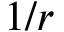
1 / r